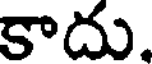
కాదు.